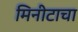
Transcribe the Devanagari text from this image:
मिनीटाचा